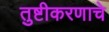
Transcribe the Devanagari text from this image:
तुष्टीकरणाचे